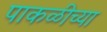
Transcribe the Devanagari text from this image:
पाकळीच्या